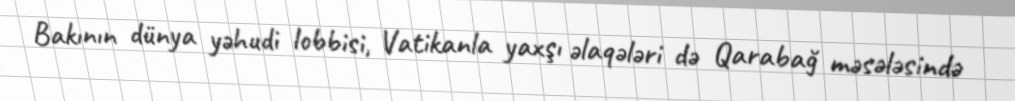
Bakının dünya yəhudi lobbisi, Vatikanla yaxşı əlaqələri də Qarabağ məsələsində